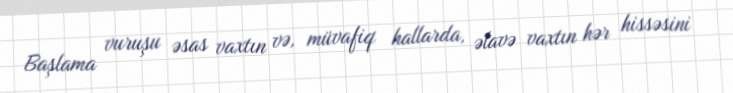
Başlama vuruşu əsas vaxtın və, müvafiq hallarda, əlavə vaxtın hər hissəsini